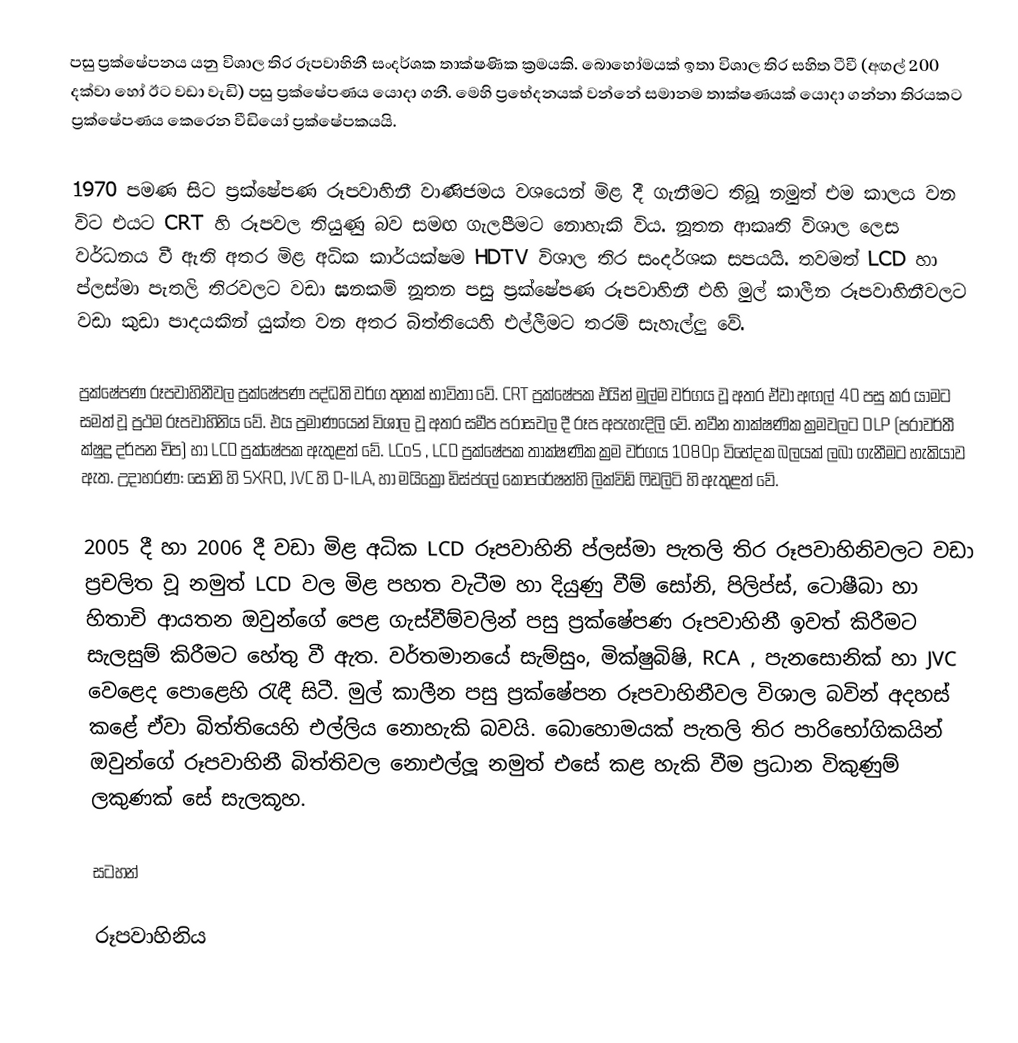
පසු ප්‍රක්ෂේපනය යනු විශාල තිර රූපවාහිනී සංදර්ශක තාක්ෂණික ක්‍රමයකි. බොහෝමයක් ඉතා විශාල තිර සහිත ටීවී (අඟල් 200 දක්වා හෝ ඊට වඩා වැඩි) පසු ප්‍රක්ෂේපණය යොදා ගනී. මෙහි ප්‍රභේදනයක් වන්නේ සමානම තාක්ෂණයක් යොදා ගන්නා තිරයකට ප්‍රක්ෂේපණය කෙරෙන වීඩියෝ ප්‍රක්ෂේපකයයි.

1970 පමණ සිට ප්‍රක්ෂේපණ රූපවාහිනී වාණිජමය වශයෙන් මිළ දී ගැනීමට තිබූ නමුත් එම කාලය වන විට එයට CRT හි රූපවල තියුණු බව සමඟ ගැලපීමට නොහැකි විය. නූතන ආකෘති විශාල ලෙස වර්ධනය වී ඇති අතර මිළ අධික කාර්යක්ෂම HDTV විශාල තිර සංදර්ශක සපයයි. තවමත් LCD හා ප්ලස්මා පැතලි තිරවලට වඩා ඝනකම් නූතන පසු ප්‍රක්ෂේපණ රූපවාහිනී එහි මුල් කාලීන රූපවාහිනීවලට වඩා කුඩා පාදයකින් යුක්ත වන අතර බිත්තියෙහි එල්ලීමට තරම් සැහැල්ලු වේ.

ප්‍රක්ෂේපණ රූපවාහිනීවල ප්‍රක්ෂේපණ පද්ධති වර්ග තුනක් භාවිතා වේ. CRT ප්‍රක්ෂේපක එයින් මුල්ම වර්ගය වූ අතර ඒවා අඟල් 40 පසු කර යාමට සමත් වූ ප්‍රථම රූපවාහිනිය වේ. එය ප්‍රමාණයෙන් විශාල වූ අතර සමීප පරාසවල දී රූප අපැහැදිලි වේ. නවීන තාක්ෂණික ක්‍රමවලට DLP (පරාවර්තී ක්ෂුද්‍ර දර්පන චිප) හා LCD ප්‍රක්ෂේපක ඇතුළත් වේ. LCoS , LCD ප්‍රක්ෂේපක තාක්ෂණික ක්‍රම වර්ගය 1080p විභේදක බලයක් ලබා ගැනීමට හැකියාව ඇත. උදාහරණ: සෝනි හි SXRD, JVC හි D-ILA, හා මයික්‍රො ඩිස්ප්ලේ කෝපරේෂන්හි ලික්විඩ් ෆිඩලිටි හි ඇතුළත් වේ.

2005 දී හා 2006 දී වඩා මිළ අධික LCD රූපවාහිනි ප්ලස්මා පැතලි තිර රූපවාහිනිවලට වඩා ප්‍රචලිත වූ නමුත් LCD වල මිළ පහත වැටීම හා දියුණු වීම් සෝනි, පිලිප්ස්, ටොෂීබා හා හිතාචි ආයතන ඔවුන්ගේ පෙළ ගැස්වීම්වලින් පසු ප්‍රක්ෂේපණ රූපවාහිනී ඉවත් කිරීමට සැලසුම් කිරීමට හේතු වී ඇත. වර්තමානයේ සැම්සුං, මික්ෂුබිෂි, RCA , පැනසොනික් හා JVC වෙළෙද පොළෙහි රැඳී සිටී. මුල් කාලීන පසු ප්‍රක්ෂේපන රූපවාහිනීවල විශාල බවින් අදහස් කළේ ඒවා බිත්තියෙහි එල්ලිය නොහැකි බවයි. බොහොමයක් පැතලි තිර පාරිභෝගිකයින් ඔවුන්ගේ රූපවාහිනී බිත්තිවල නොඑල්ලූ නමුත් එසේ කළ හැකි වීම ප්‍රධාන විකුණුම් ලකුණක් සේ සැලකූහ.

සටහන්

රූපවාහිනිය